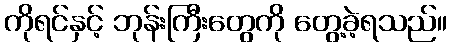
ကိုရင်နှင့် ဘုန်းကြီးတွေကို တွေ့ခဲ့ရသည်။